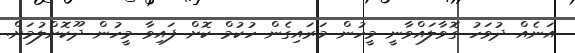
އަނެއް ދުވަހު ގޮވާލައްވާނީ މީހުން މަރައިގެން ހުކުމް ކޮށް ފައިވާ މީހުން ދޫކޮށްލުމަށް.